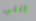
آلتي